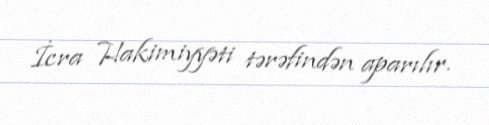
İcra Hakimiyyəti tərəfindən aparılır.